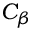
C _ { \beta }